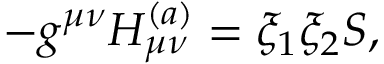
- g ^ { \mu \nu } H _ { \mu \nu } ^ { ( a ) } = \xi _ { 1 } \xi _ { 2 } S ,